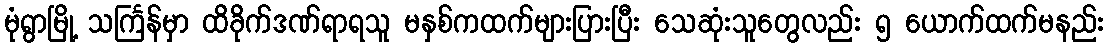
မုံရွာမြို့ သင်္ကြန်မှာ ထိခိုက်ဒဏ်ရာရသူ မနှစ်ကထက်များပြားပြီး သေဆုံးသူတွေလည်း ၅ ယောက်ထက်မနည်း